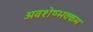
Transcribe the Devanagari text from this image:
अवशेष्भक्कम